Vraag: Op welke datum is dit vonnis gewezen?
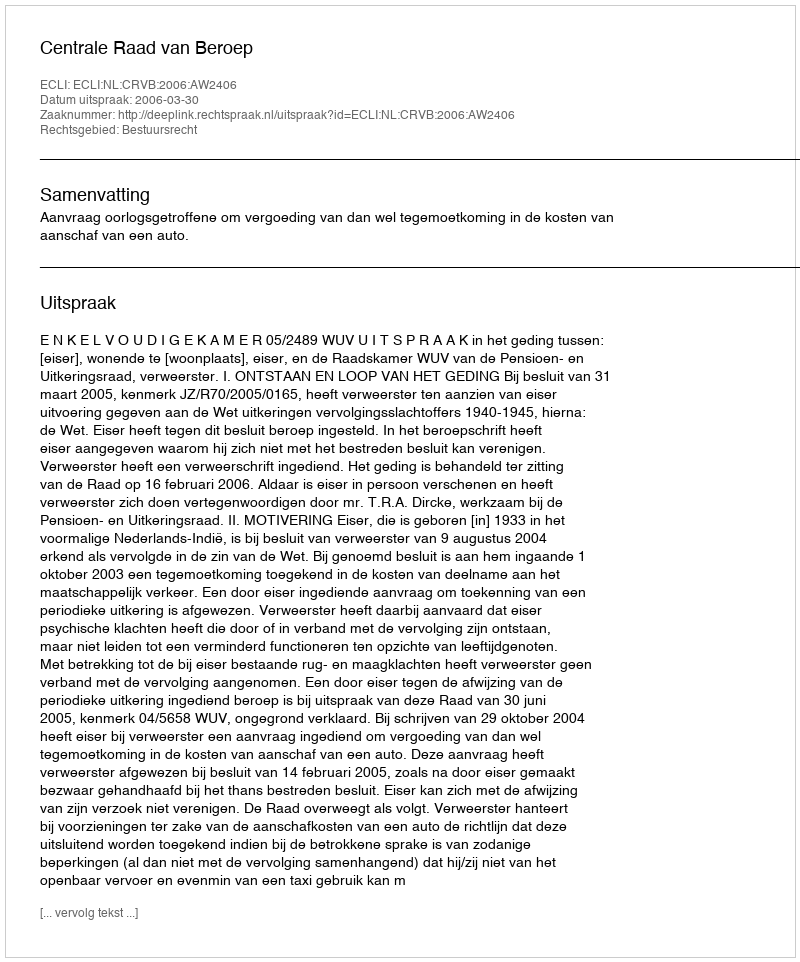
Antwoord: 2006-03-30